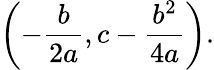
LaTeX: \left(-{\frac{b}{2a}},c-{\frac{b^{2}}{4a}}\right).